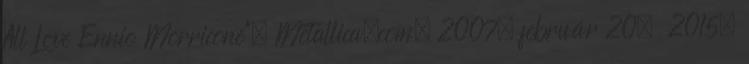
All Love Ennio Morricone”, Metallica.com, 2007. február 20. 2015.